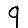
Digit: 9